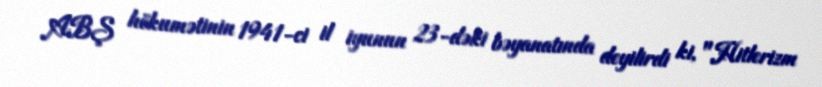
ABŞ hökumətinin 1941-ci il iyunun 23-dəki bəyanatında deyilirdi ki, "Hitlerizm